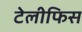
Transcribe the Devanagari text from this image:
टेलीफिस